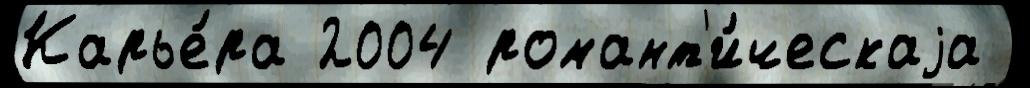
Карье́ра 2004 романт'и́ческаjа